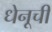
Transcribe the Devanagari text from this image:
धेनूची